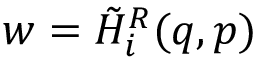
w = \tilde { { \cal H } } _ { i } ^ { R } ( q , p )